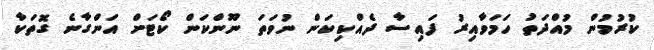
ކުރުމުން މުއްދަތު ހަމަވާއިރު ފައިސާ ދެއްކިކަން ނުވަތަ ނޫންކަން ކޯޓަށް އަންގާނެ ގޮތަކާ